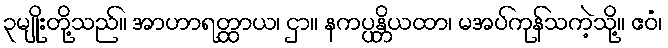
၃မျိုးတို့သည်။ အာဟာရတ္ထာယ၊ ငှာ။ နကပ္ပန္တိယထာ၊ မအပ်ကုန်သကဲ့သို့။ ဧဝံ၊